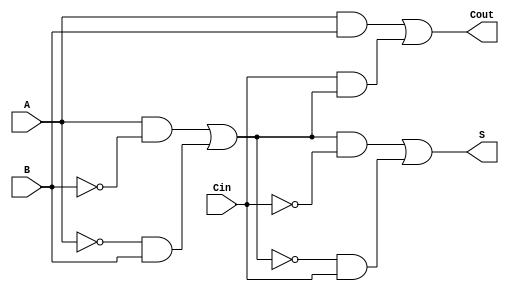
module TransmissionGateFullAdder (
    input wire A,
    input wire B,
    input wire Cin,
    output wire S,
    output wire Cout
);

// Internal wires for intermediate signals
wire AB, A_B;
wire A_xor_B;

// Transmission gate implementation for A XOR B
// A XOR B = (A AND NOT B) OR (NOT A AND B)

assign A_B = A & ~B;      // A AND NOT B
assign B_A = ~A & B;      // NOT A AND B
assign A_xor_B = A_B | B_A; // A XOR B

// Transmission gate implementation for S = A XOR B XOR Cin
// S = (A_xor_B AND NOT Cin) OR (NOT A_xor_B AND Cin)

wire A_xor_B_N, Cin_N;

assign A_xor_B_N = ~A_xor_B; // NOT (A XOR B)
assign Cin_N = ~Cin;          // NOT Cin

// Final Sum S = (A_xor_B AND NOT Cin) OR (NOT A_xor_B AND Cin)
assign S = (A_xor_B & Cin_N) | (A_xor_B_N & Cin);

// Carry-out calculation
// Cout = (A AND B) OR (Cin AND (A XOR B))

assign AB = A & B;                // A AND B
assign Cout = AB | (Cin & A_xor_B); // Cout = (A AND B) OR (Cin AND (A XOR B))

endmodule